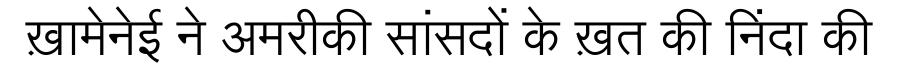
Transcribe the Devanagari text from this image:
ख़ामेनेई ने अमरीकी सांसदों के ख़त की निंदा की